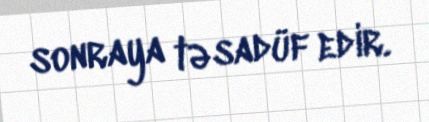
sonraya təsadüf edir.